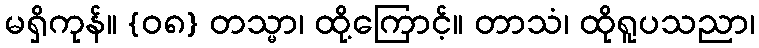
မရှိကုန်။ {၀၈} တသ္မာ၊ ထို့ကြောင့်။ တာသံ၊ ထိုရူပသညာ၊